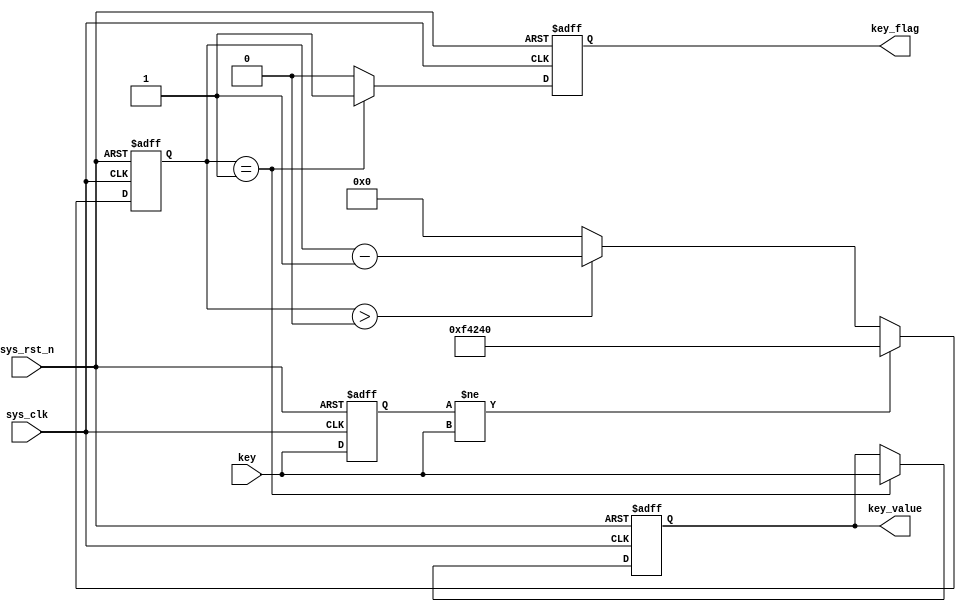
module sig_debounce(
    input        sys_clk ,
    input        sys_rst_n ,

    input        key ,         //
    output  reg  key_value ,   //
    output  reg  key_flag      //
);

//reg define
reg [19:0] cnt ;
reg        key_reg ;

//*****************************************************
//**                    main code
//*****************************************************

always @ (posedge sys_clk or negedge sys_rst_n) begin
    if(!sys_rst_n) begin
        cnt <= 20'd0;
        key_reg <= 1'b1;
    end
    else begin
        key_reg <= key;           //
        if(key_reg != key) begin  //
            cnt <= 20'd100_0000;  //20'd100_0000
                                  //100_0000 * 10ns(1s/100MHz) = 10ms
        end
        else begin                //?            
				if(cnt > 20'd0)       //?
                cnt <= cnt - 1'b1;  
            else
                cnt <= 20'd0;
        end
    end
end

//
always @ (posedge sys_clk or negedge sys_rst_n) begin
    if(!sys_rst_n) begin
        key_value <= 1'b1;
        key_flag  <= 1'b0;
    end
	//1
    else if(cnt == 20'd1) begin
		key_value <= key;
		key_flag  <= 1'b1;
        end
    else begin
		key_value <= key_value;
		key_flag  <= 1'b0;
    end
end

endmodule